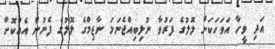
އަދި ވީހާ އަވަހަކަށް ލޮލުގެ ފަރުވާ ނުލިބިއްޖެނަމަ ނާޒިމްގެ ލޮލުގެ ފެނުން އެއްކޮށް